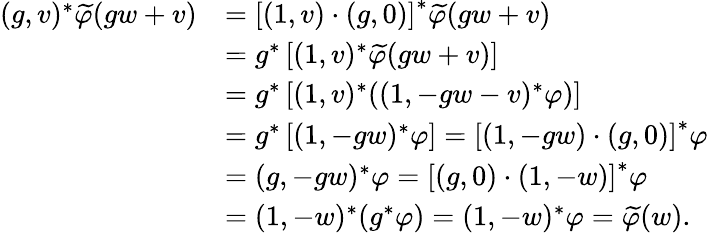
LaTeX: \begin{array}{rl}{(g,v)^{*}\widetilde{\varphi}(gw+v)}&{=\left[(1,v)\cdot(g,0)\right]^{*}\widetilde{\varphi}(gw+v)}\\ &{=g^{*}\left[(1,v)^{*}\widetilde{\varphi}(gw+v)\right]}\\ &{=g^{*}\left[(1,v)^{*}((1,-gw-v)^{*}\varphi)\right]}\\ &{=g^{*}\left[(1,-gw)^{*}\varphi\right]=\left[(1,-gw)\cdot(g,0)\right]^{*}\varphi}\\ &{=(g,-gw)^{*}\varphi=\left[(g,0)\cdot(1,-w)\right]^{*}\varphi}\\ &{=(1,-w)^{*}(g^{*}\varphi)=(1,-w)^{*}\varphi=\widetilde{\varphi}(w).}\end{array}